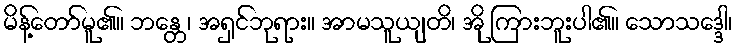
မိန့်တော်မူ၏။ ဘန္တေ၊ အရှင်ဘုရား။ အာမသူယျတိ၊ အို ကြားဘူးပါ၏။ သောသဒ္ဒေါ၊